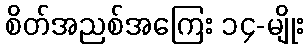
စိတ်အညစ်အကြေး ၁၄-မျိုး